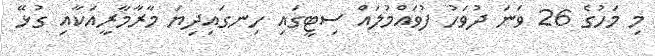
މި މަހުގެ 26 ވަނަ ދުވަހު ފުވައްމުލައް ސިޓީގައި ހިނގައިދިޔަ މާރާމާރީއަކާއި ގުޅޭ